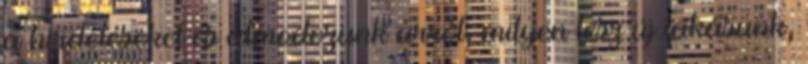
a hirdetéseket és álmodozunk arról, milyen lesz új lakásunk,